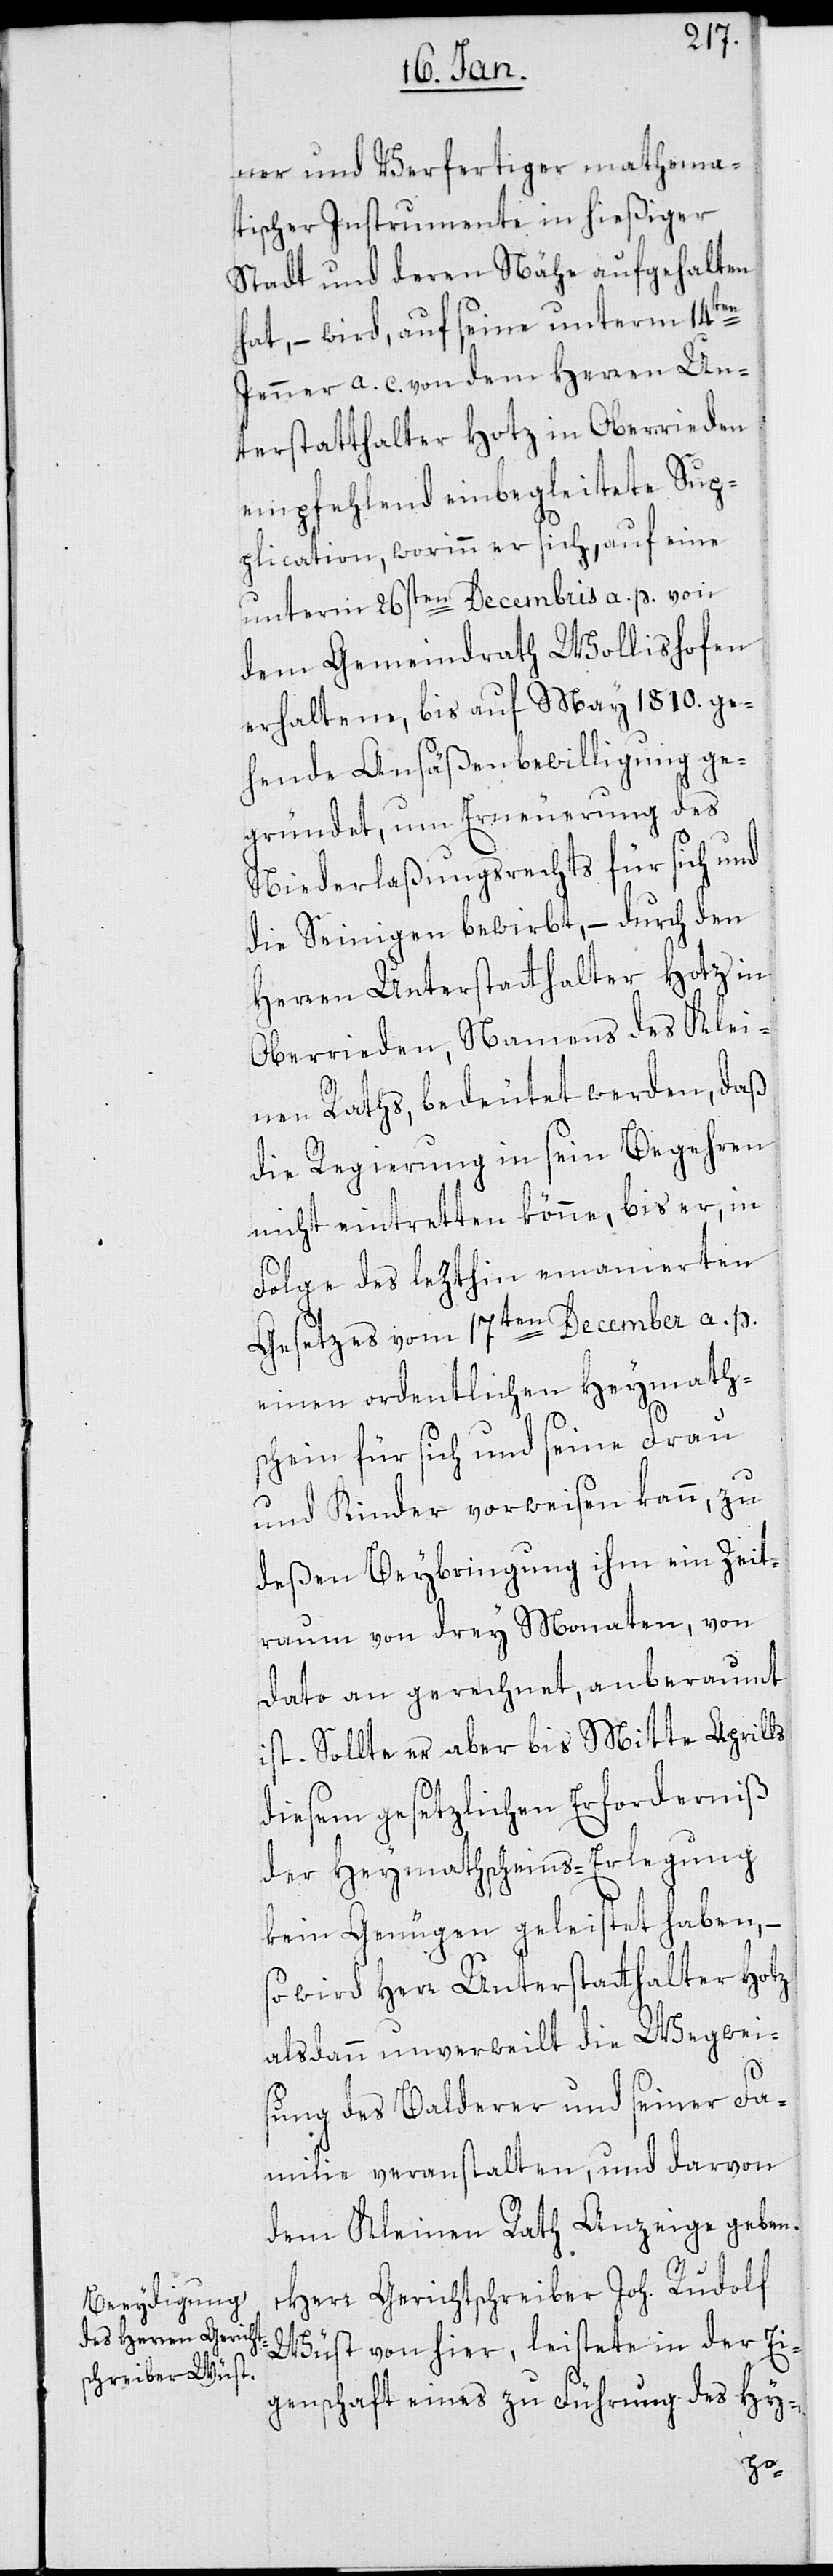
ner und Verfertiger mathema¬
tischer Instrumente in hießiger
Stadt und deren Nähe aufgehalten
hat, – wird, auf seine unterm 14ten
Jenner a. c. von dem Herren Un¬
terstatthalter Hotz in Oberrieden
empfehlend einbegleitete Sup¬
plication, worinn er sich, auf eine
unterm 26sten Decembris a. p. von
dem Gemeindrath Wollishofen
erhaltene, bis auf May 1810. ge¬
hende Ansäßenbewilligung ge¬
gründet, um Erneuerung des
Niederlaßungsrechts für sich und
die Seinigen bewirbt, – durch den
Herren Unterstatthalter Hotz in
Oberrieden, Namens des Klei¬
nen Raths, bedeutet werden, daß
die Regierung in sein Begehren
nicht eintretten könne, bis er, in
Folge des lezthin emanierten
Gesetzes vom 17ten December a. p.
einen ordentlichen Heymath¬
schein für sich und seine Frau
und Kinder vorweisen kann, zu
deßen Beybringung ihm ein Zeit¬
raum von drey Monaten, von
Dato an gerechnet, anberaumt
ist. Sollte er aber bis Mitte Aprills
diesem gesetzlichen Erforderniß
der Heymathscheins-Erlegung
kein Genügen geleistet haben, –
so wird Herr Unterstatthalter Hotz
alsdann unverweilt die Wegweis¬
ung des Balderer und seiner Fa¬
milie veranstalten, und darvon
dem Kleinen Rath Anzeige geben.
Herr Gerichtschreiber Joh. Rudolf
Wüst von hier, leistete in der Ei¬
genschaft eines zu Führung des Hy-